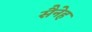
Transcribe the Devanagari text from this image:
सैनेह